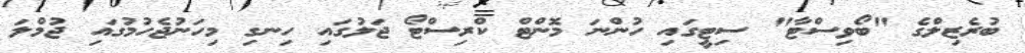
ބުރެޒިލްގެ "ބޯވިސްޓާ" ސިޓީގައި ހުންނަ މޮންޓް ކްރިސްޓޯ ޖަލުގައި ހިނގި މިހަނުޖެހުމުގައި ޖުމްލަ